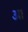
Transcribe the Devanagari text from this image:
अ।